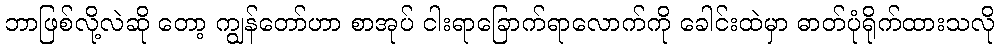
ဘာဖြစ်လို့လဲဆို တော့ ကျွန်တော်ဟာ စာအုပ် ငါးရာခြောက်ရာလောက်ကို ခေါင်းထဲမှာ ဓာတ်ပုံရိုက်ထားသလို